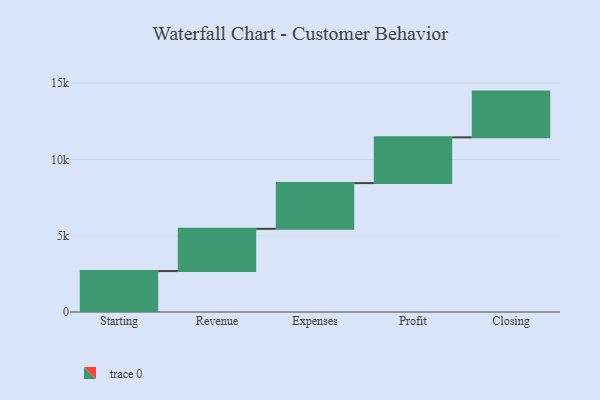
{"axis": {"x": "Step", "y": "Value"}, "legend": [""], "data": [{"x": "Starting", "y": 2684.0, "type": ""}, {"x": "Revenue", "y": 2770.0, "type": ""}, {"x": "Expenses", "y": 3000, "type": ""}, {"x": "Profit", "y": 3000, "type": ""}, {"x": "Closing", "y": 3000, "type": ""}]}